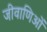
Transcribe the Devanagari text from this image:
जीवाणिओं